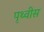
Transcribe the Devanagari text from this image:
पृथ्वीस